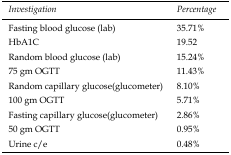
<table><thead><tr><td><b>Investigation</b></td><td><b>Percentage</b></td></tr></thead><tbody><tr><td>Fasting blood glucose (lab)</td><td>35.71%</td></tr><tr><td>HbA1C</td><td>19.52</td></tr><tr><td>Random blood glucose (lab)</td><td>15.24%</td></tr><tr><td>75 gm OGTT</td><td>11.43%</td></tr><tr><td>Random capillary glucose(glucometer)</td><td>8.10%</td></tr><tr><td>100 gm OGTT</td><td>5.71%</td></tr><tr><td>Fasting capillary glucose(glucometer)</td><td>2.86%</td></tr><tr><td>50 gm OGTT</td><td>0.95%</td></tr><tr><td>Urine c/e</td><td>0.48%</td></tr></tbody></table>